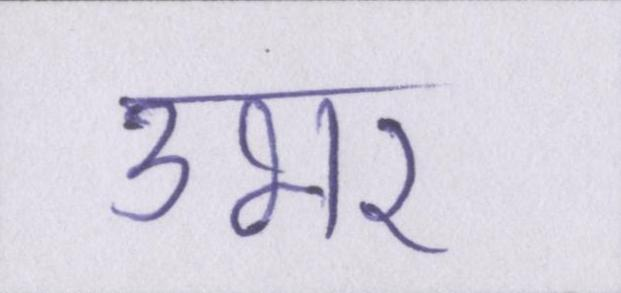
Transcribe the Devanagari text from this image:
उभर